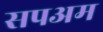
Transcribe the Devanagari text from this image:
सपअम